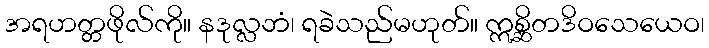
အရဟတ္တဖိုလ်ကို။ နဒုလ္လဘံ၊ ရခဲသည်မဟုတ်။ ဣစ္ဆိတဒိဝသေယေဝ၊